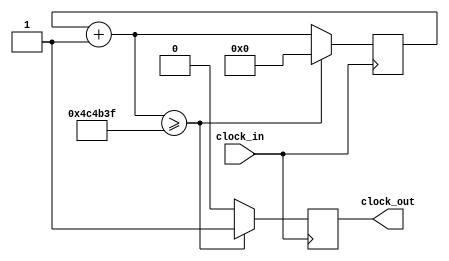
module clockdivider2	(
					input clock_in,
					output reg clock_out
							);

reg [31:0] counter = 32'b0;
parameter FREQ_DIV = 32'd5000000; //clock_in/divider = clock_out

always @(posedge clock_in)
begin
	counter = counter+1;
	if(counter >= FREQ_DIV-1)
		begin
		counter <= 32'b0;
		clock_out <= 1'b1;
		end
	else clock_out <= 1'b0;
end

endmodule